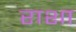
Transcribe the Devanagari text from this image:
राशा